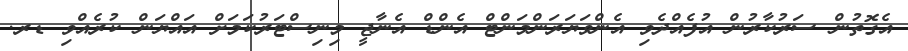
އެގޮތުން ސަރުކާރުން އުފެއްދެވި އެންވަޔަރަންމަންޓް އެންޑް އެނާޖީ މިނިސްޓަރުކަމަށް އައްޔަން ކުރެއްވި ޑރ.